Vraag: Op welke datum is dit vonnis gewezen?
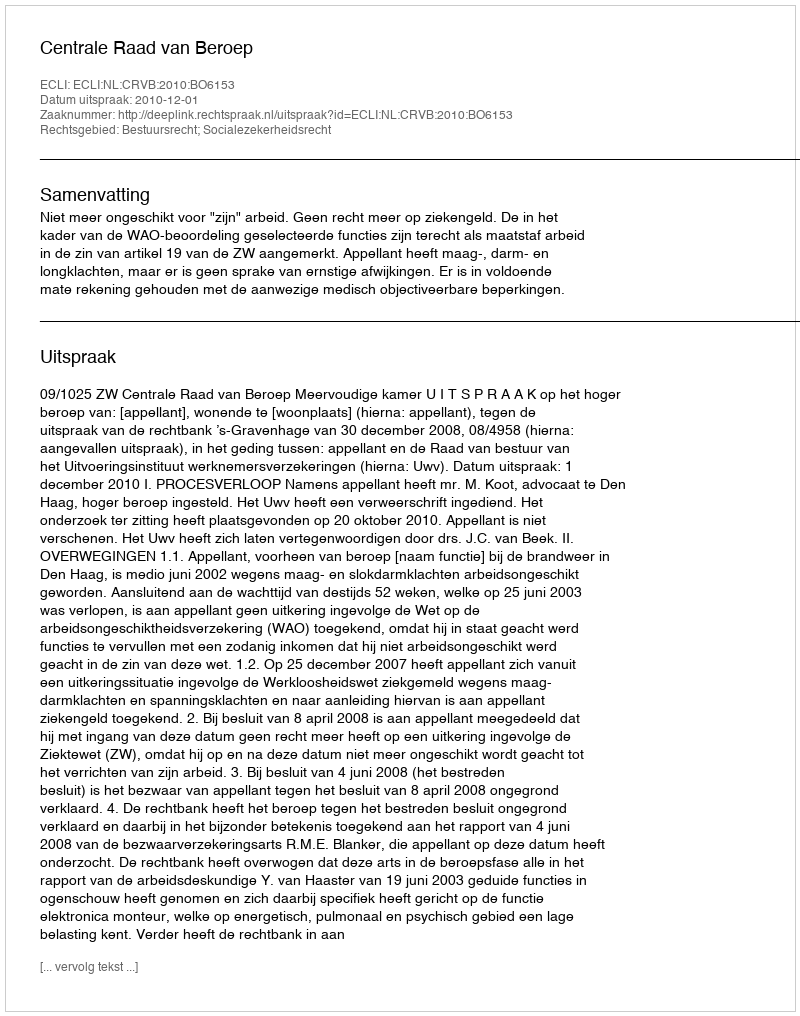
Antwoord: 2010-12-01